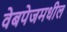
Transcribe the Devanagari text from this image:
वेबपेजमधील